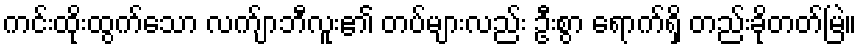
ကင်းထိုးထွက်သော လက်ျာဘီလူး၏ တပ်များလည်း ဦးစွာ ရောက်ရှိ တည်းခိုတတ်မြဲ။